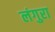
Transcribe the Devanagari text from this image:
लंगुरा